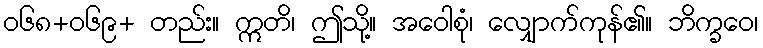
ဝ၆၈+၀၆၉+ တည်း။ ဣတိ၊ ဤသို့။ အဝေါစုံ၊ လျှောက်ကုန်၏။ ဘိက္ခဝေ၊